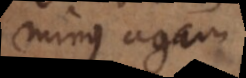
minus agam:).